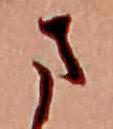
さ